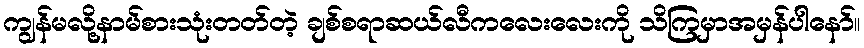
ကျွန်မလို့နာမ်စားသုံးတတ်တဲ့ ချစ်စရာဆယ်လီကလေးလေးကို သိကြမှာအမှန်ပါနော်။